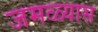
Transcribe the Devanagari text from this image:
जमळ्यास